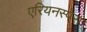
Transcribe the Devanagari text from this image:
एरियनस्पेस